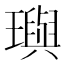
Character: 璵